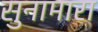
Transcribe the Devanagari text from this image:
सुनामारा